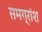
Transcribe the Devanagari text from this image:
समग्रांश